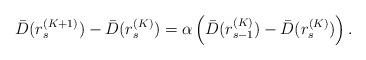
LaTeX: \begin{align*} \bar{D}(r_s^{(K+1)}) - \bar{D}(r_s^{(K)}) = \alpha\left( \bar{D}(r_{s-1}^{(K)}) - \bar{D}(r_s^{(K)}) \right). \end{align*}